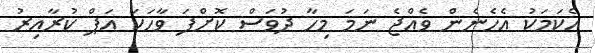
އެކަމަކު އެހެނެން ވެއްޖެ ނަމަ މިހާ ދުވަސް ކޮށްފަ ވާހަކަ އަޕް ކުރާއިރު